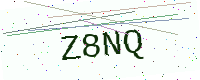
Text: Z8NQ